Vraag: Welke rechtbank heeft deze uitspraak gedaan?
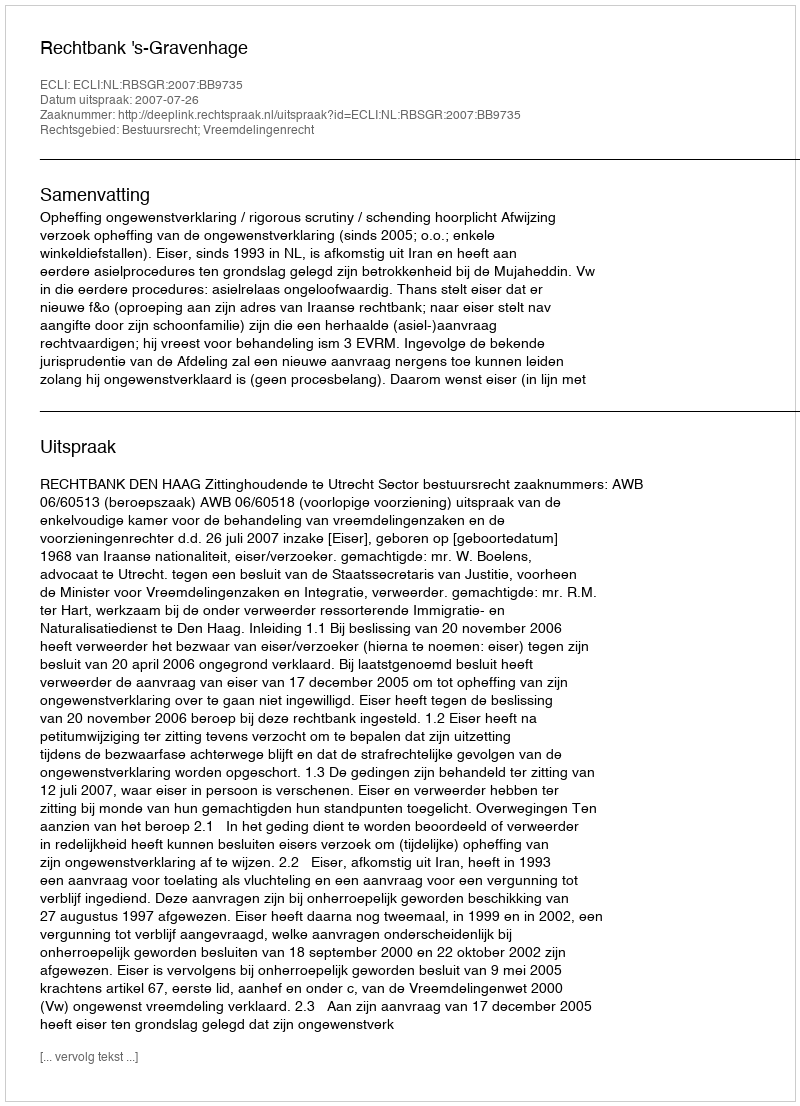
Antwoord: Rechtbank 's-Gravenhage